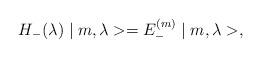
LaTeX: \begin{align*}H_{-}(\lambda )\mid m, \lambda > = E^{(m)}_{-}\mid m, \lambda >,\end{align*}